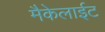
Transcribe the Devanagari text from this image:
मैकेलाईट